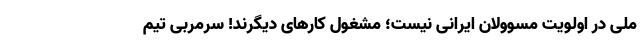
ملی در اولویت مسوولان ایرانی نیست؛ مشغول کارهای دیگرند! سرمربی تیم